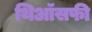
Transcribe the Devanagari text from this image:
थिऑसफी